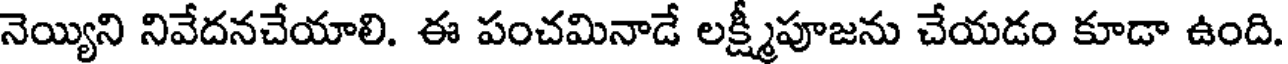
నెయ్యిని నివేదనచేయాలి. ఈ పంచమినాడే లక్ష్మీపూజను చేయడం కూడా ఉంది